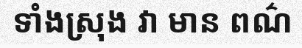
ទាំងស្រុង វា មាន ពណ៌